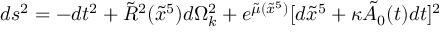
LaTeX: d s ^ { 2 } = - d t ^ { 2 } + \tilde { R } ^ { 2 } ( \tilde { x } ^ { 5 } ) d \Omega _ { k } ^ { 2 } + e ^ { \tilde { \mu } ( \tilde { x } ^ { 5 } ) } [ d \tilde { x } ^ { 5 } + \kappa \tilde { A _ { 0 } } ( t ) d t ] ^ { 2 }